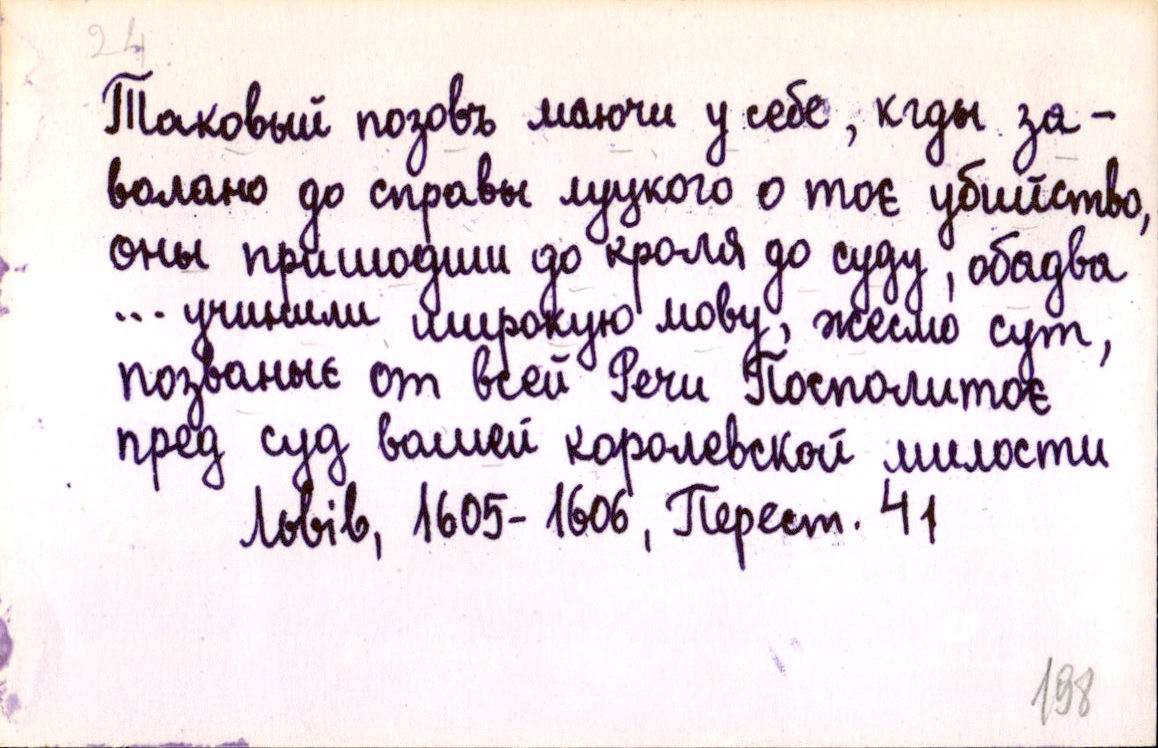
Таковый позовъ маючи у себе, кгды за-
волано до справы луцкого о тоє убийство,
оны пришодши до кроля до суду, обадва
… учинили широкую мову, жесмо сут,
позваныє от всей Речи Посполитоє
пред суд вашей королевской милости
Львів, 1605-1606, Перест. 41